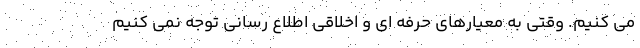
می کنیم. وقتی به معیارهای حرفه ای و اخلاقی اطلاع رسانی توجه نمی کنیم